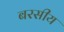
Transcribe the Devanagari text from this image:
बरसीय